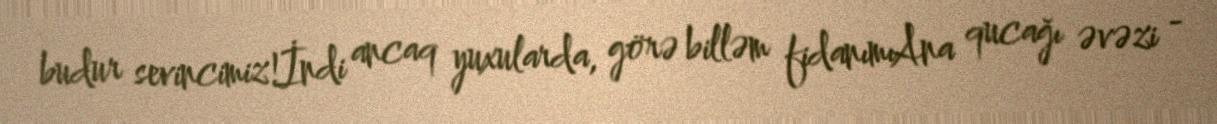
budur sevincimiz!İndi ancaq yuxularda, görə billəm fidanımıAna qucağı əvəzi -